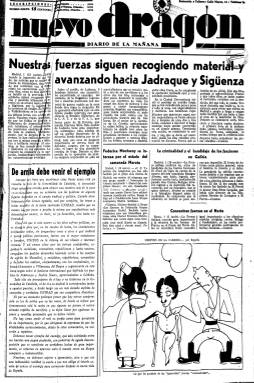
Título: Nuevo Aragón
Colección: Guerra civil || Periódicos
Ámbito geográfico: Zaragoza
Lugar de publicación: Caspe [Zaragoza]
Fechas: 02/04/1937-20/06/1937

Este periódico se editó diariamente en la localidad de Caspe entre el 20 de enero de 1937 y el 11 de agosto de ese mismo año como portavoz del Consejo Regional de Defensa de Aragón, un organismo creado como gobierno autónomo del territorio aragonés que estaba en manos de la República, dado que la región quedó dividida en dos al inicio de la Guerra Civil con las capitales en manos del bando nacional.

   El Consejo de Aragón, siguiendo el modelo de la Generalitat de Catalunya, quedó integrado por 13 consejerías repartidas entre la CNT, Izquierda Republicana, la UGT y el Partido Comunista, siendo los anarquistas la fuerza preponderante, ya que en la primera etapa del organismo, de octubre a diciembre de 1936, había estado integrado solo por miembros de la CNT.

  La influencia anarquista se deja ver en el periódico, que dio voz preferente a los ministros de la CNT que formaban el Gobierno de Largo Caballero. En los números de Nuevo Aragón en poder de la BNE se pueden ver en portada intervenciones de los ministros Juan Peiró o Federica Montseny. Los números que posee la Biblioteca Nacional son los correspondiente a los meses de abril a junio.

  Nuevo Aragón contaba con ocho páginas sin apenas fotografías y dedicadas a informar sobre el desarrollo de los acontecimientos bélicos, las tareas de colectivización de la tierra y los medios de producción y a la propaganda ideológica contra el enemigo fascista, sin que faltara la información local de Caspe. No se publicaba los lunes.

  Carlos Gamón fue el primer director. Tanto él como varios redactores procedían de Barcelona, donde habían formado parte del periódico anarquista Solidaridad Obrera.

  Como rasgo destacado de este periódico se encuentra la participación del dibujante satírico Luis Bagaría, uno de los principales caricaturistas españoles de la primera mitad del siglo XX. Se pueden ver sus viñetas en bastantes números del diario, en las  que aparece con carácter recurrente la caricatura de Franco, jefe del bando nacional.

   El diario Nuevo Aragón duró el tiempo que duró el Consejo de Aragón, organismo que fue disuelto en el verano de 1937 después de la salida de Largo Caballero del Gobierno de la República, sustituido por Negrín, y a causa de la mayor influencia de la Unión Soviética y los comunistas, enfrentados a los anarquistas.

   Los anarquistas eran partidarios de hacer la revolución al mismo tiempo que la guerra, lo que chocaba con la idea comunista de formar un mando único y concentrarse primero en ganar la guerra.

[Descripción publicada el 17/08/2022]